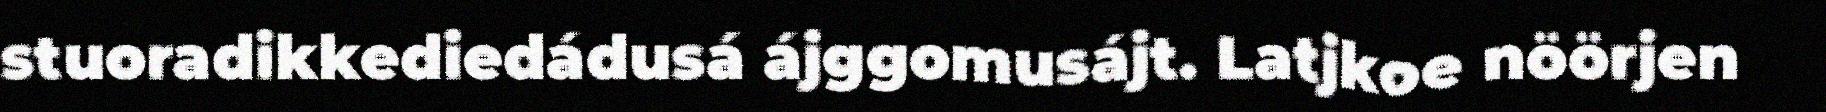
stuoradikkediedádusá ájggomusájt. Latjkoe nöörjen